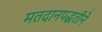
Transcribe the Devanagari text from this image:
मतदानपद्धतीने